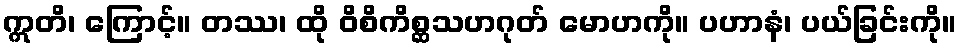
ဣတိ၊ ကြောင့်။ တဿ၊ ထို ဝိစိကိစ္ဆသဟဂုတ် မောဟကို။ ပဟာနံ၊ ပယ်ခြင်းကို။